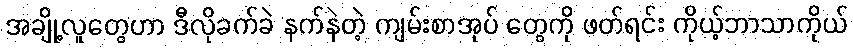
အချို့လူတွေဟာ ဒီလိုခက်ခဲ နက်နဲတဲ့ ကျမ်းစာအုပ် တွေကို ဖတ်ရင်း ကိုယ့်ဘာသာကိုယ်